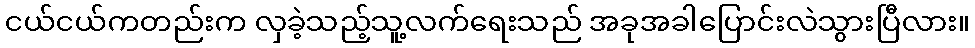
ငယ်ငယ်ကတည်းက လှခဲ့သည့်သူ့လက်ရေးသည် အခုအခါပြောင်းလဲသွားပြီလား။